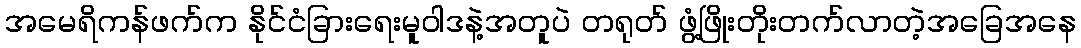
အမေရိကန်ဖက်က နိုင်ငံခြားရေးမူဝါဒနဲ့အတူပဲ တရုတ် ဖွံ့ဖြိုးတိုးတက်လာတဲ့အခြေအနေ